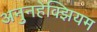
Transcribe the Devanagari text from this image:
अनुनहेक्झियम